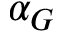
\alpha _ { G }